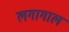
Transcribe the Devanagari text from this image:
लगागाल